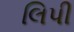
લિપી